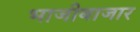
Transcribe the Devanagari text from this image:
भाजीबाजार